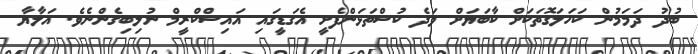
ބުދު ދަމަމުން ކަހަލަގޮތަކަށް ކާބަޔަށް ވަދެ ކުސްތަޅަންފެށީ އެގަޑީގައި އައިސްކްރީމް ނުލިބިގެންނެވެ. އަލާޔާ